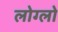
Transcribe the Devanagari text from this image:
लोग्लो